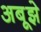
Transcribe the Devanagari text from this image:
अबूझे